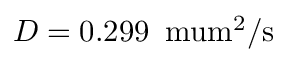
D = 0 . 2 9 9 \, \mathrm { { \ m u m ^ { 2 } / s } }